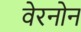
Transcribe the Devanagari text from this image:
वेरनोन